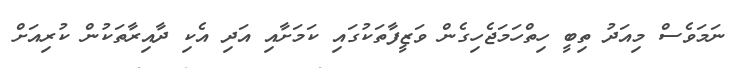
ނަމަވެސް މިއަދު ތިބީ ހިތްހަމަޖެހިގެން ވަޒީފާތަކުގައި ކަމަށާއި އަދި އެކި ދާއިރާތަކުން ކުރިއަށް